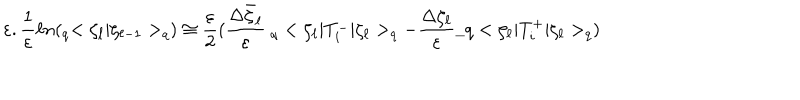
\varepsilon . \frac { 1 } { \varepsilon } \ell n ( _ { q } < \zeta _ { \ell } | \zeta _ { \ell - 1 } > _ { q } ) \cong \frac { \varepsilon } { 2 } ( \frac { \Delta \bar { \zeta } _ { \ell } } { \varepsilon } \ _ { q } < \zeta _ { \ell } | T _ { i } ^ { - } | \zeta _ { \ell } > _ { q } - \frac { \Delta \zeta _ { \ell } } { \varepsilon } \_ q < \zeta _ { \ell } | T _ { i } ^ { + } | \zeta _ { \ell } > _ { q } ) \,